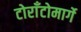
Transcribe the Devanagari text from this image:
टोराँटोमार्गे